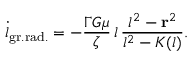
{ \dot { l } } _ { \mathrm { g r . r a d . } } = - { \frac { \Gamma G \mu } { \zeta } } \, l \, { \frac { l ^ { 2 } - { \bf r } ^ { 2 } } { l ^ { 2 } - K ( l ) } } .